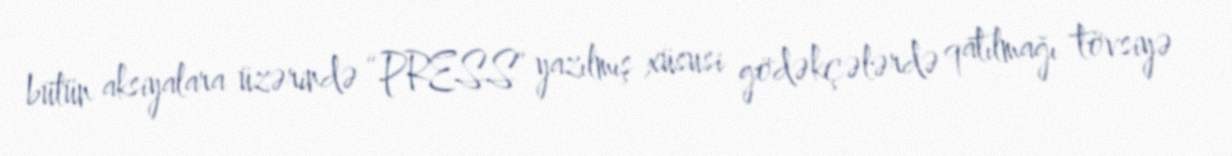
bütün aksiyalara üzərində “PRESS” yazılmış xüsusi gödəkçələrdə qatılmağı tövsiyə